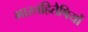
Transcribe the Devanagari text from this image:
भारतहितैषियों